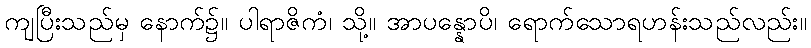
ကျပြီးသည်မှ နောက်၌။ ပါရာဇိကံ၊ သို့။ အာပန္နောပိ၊ ရောက်သောရဟန်းသည်လည်း။